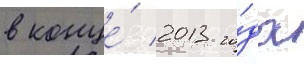
в конце́ 2013 го́да